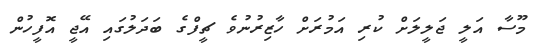
މޫސާ އަލީ ޖަލީލަށް ކުރި އަމުރަށް ހާޒިރުނުވެ ޗީފްގެ ބަދަލުގައި އޭޖީ އޮފީހުން